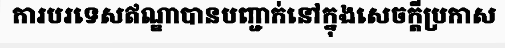
ការបរទេសឥណ្ឌាបានបញ្ជាក់នៅក្នុងសេចក្តីប្រកាស